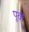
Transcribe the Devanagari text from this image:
पूर्वी्